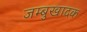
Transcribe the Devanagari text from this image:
जम्बुखादक